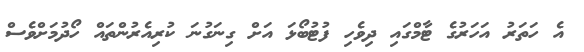
އެ ހަތަރު އަހަރުގެ ޓާމްގައި ދިވެހި ފުޓުބޯޅަ އަށް ގިނަގުނަ ކުރިއެރުންތައް ހޯދުމަށްވެސް